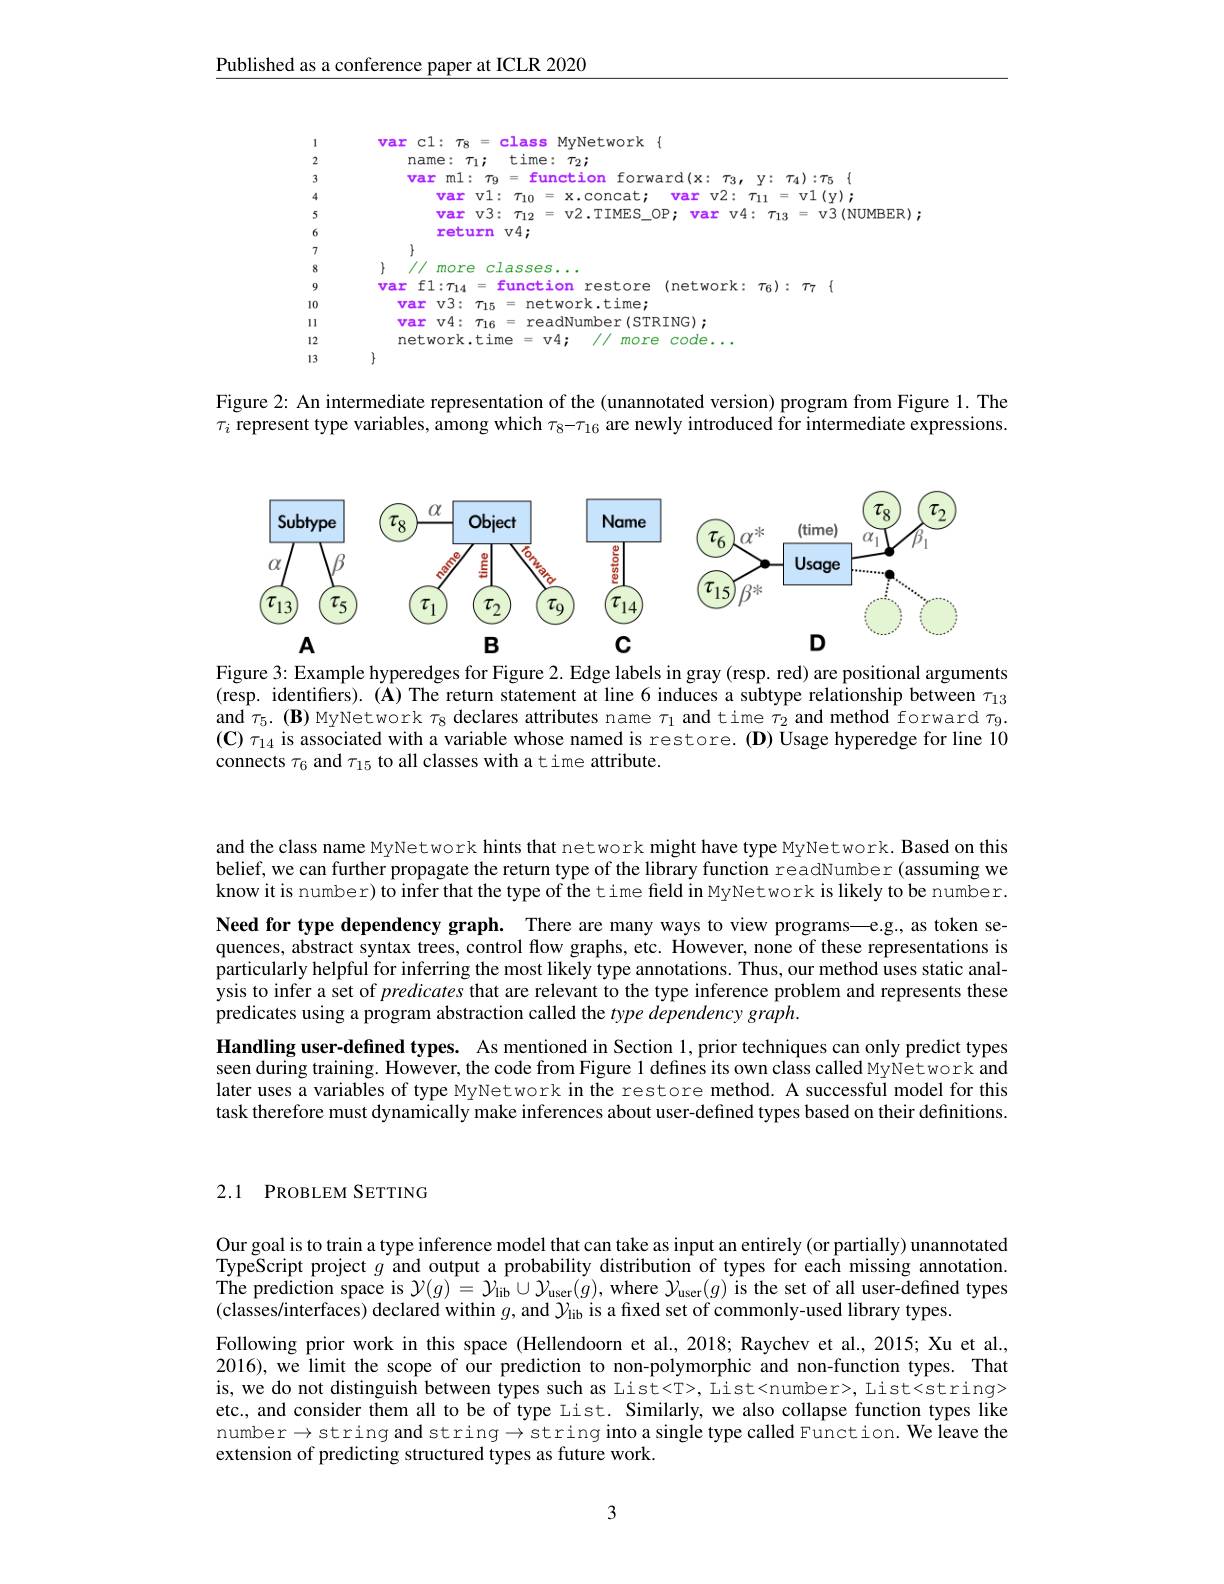
Published as a conference paper at ICLR 2020

<FigureHere>

Figure 2: An intermediate representation of the (unannotated version) program from Figure 1. The $\tau_i$ represent type variables, among which $\tau_8-\tau_{16}$ are newly introduced for intermediate expressions.

<FigureHere>

Figure 3: Example hyperedges for Figure 2. Edge labels in gray (resp. red) are positional arguments (resp. identifiers). (A) The return statement at line 6 induces a subtype relationship between $\tau_{13}$ and $\tau_5.(\mathbf{B})$ MyNetwork $\tau_8$ declares attributes name $\tau_1$ and time $\tau_2$ and method forward $\tau_9.$ $(\mathbf{C})\tau_{14}$ is associated with a variable whose named is restore. (D) Usage hyperedge for line 10 connects $\tau_6$ and $\tau_{15}$ to all classes with atime attribute.

and the class name MyNetwork hints that network might have type MyNetwork. Based on this belief, we can further propagate the return type of the library function readNumber (assuming we know it is number) to infer that the type of the time feld in MyNetwork is likely to be number.

Need for type dependency graph. There are many ways to view programs—e.g., as token sequences, abstract syntax trees, control flow graphs, etc. However, none of these representations is particularly helpful for inferring the most likely type annotations. Thus, our method uses static analysis to infer a set of predicates that are relevant to the type inference problem and represents these predicates using a program abstraction called the type dependency graph.
Handling user-defined types. As mentioned in Section 1, prior techniques can only predict types seen during training. However, the code from Figure 1 defines its own class called MyNetwork and later uses a variables of type MyNetwork in the restore method. A successful model for this task therefore must dynamically make inferences about user-defined types based on their definitions.

## 2.1 PROBLEM SETTING

Our goal is to train a type inference model that can take as input an entirely (or partially) unannotated TypeScript project $g$ and output a probability distribution of types for each missing annotation. The prediction space is $\mathcal{Y} ( g) = \mathcal{Y} _{\mathrm{lib}}\cup \mathcal{Y} _{\mathrm{user}}( g) $, where $\mathcal{Y}_\mathrm{user}(g)$ is the set of all user-defined types $(\hat{\text{classes/interfaces) declared within }g}$,and $\mathcal{Y}_{\mathrm{lib}}$ is a fixed set of commonly-used library types.
Following prior work in this space (Hellendoorn et al., 2018; Raychev et al., 2015; Xu et al., 2016), we limit the scope of our prediction to non-polymorphic and non-function types. That is, we do not distinguish between types such as List<T>, List<number>, List<string> etc., and consider them all to be of type List. Similarly, we also collapse function types like number$\to$string and string$\to$string into a single type called Function. We leave the extension of predicting structured types as future work.

3